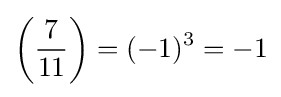
\left({\frac {7}{11}}\right)=(-1)^{3}=-1